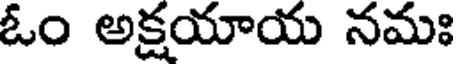
ఓం అక్షయాయ నమః